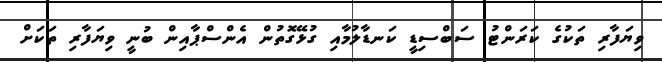
ވިޔަފާރި ތަކުގެ ކަރަންޓު ސަބްސިޑީ ކަނޑާލުމާއި ގުޅޭގޮތުން އެންސްޕާއިން ބުނީ ވިޔަފާރި ތަކަށް